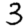
Digit: 3